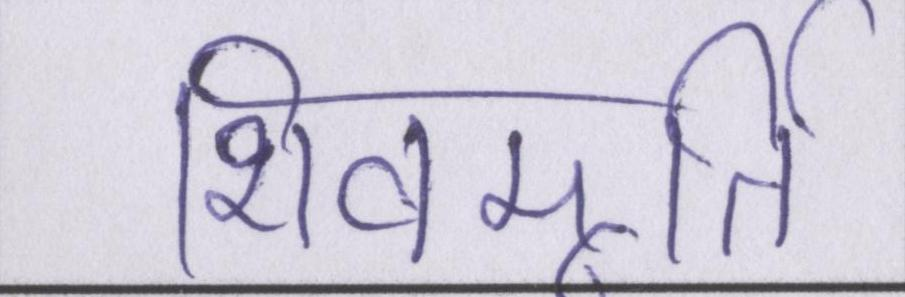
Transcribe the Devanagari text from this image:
शिवमूर्ति